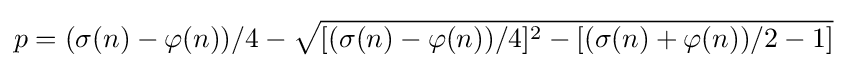
p=(\sigma (n)-\varphi (n))/4-{\sqrt {[(\sigma (n)-\varphi (n))/4]^{2}-[(\sigma (n)+\varphi (n))/2-1]}}